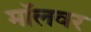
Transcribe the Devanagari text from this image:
मॉलवर